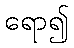
ရော၍